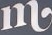
M